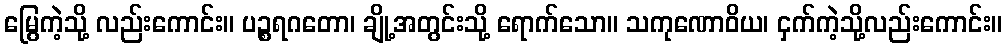
မြွေကဲ့သို့ လည်းကောင်း။ ပဉ္စရဂတော၊ ချို့အတွင်းသို့ ရောက်သော။ သကုဏောဝိယ၊ ငှက်ကဲ့သို့လည်းကောင်း။